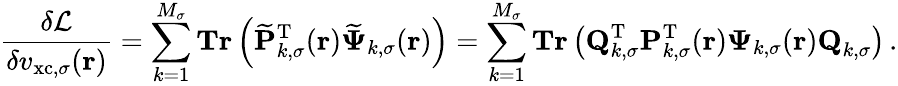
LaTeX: \frac{\delta\mathcal{L}}{\delta v_{\mathrm{xc},\sigma}(\boldsymbol{\textbf{r}})}=\sum_{k=1}^{M_{\sigma}}\textbf{Tr}\left(\mathbf{\widetilde{P}}_{k,\sigma}^{\mathrm{T}}(\boldsymbol{\textbf{r}})\boldsymbol{\widetilde{\Psi}}_{k,\sigma}(\boldsymbol{\textbf{r}})\right)=\sum_{k=1}^{M_{\sigma}}\textbf{Tr}\left(\textbf{Q}_{k,\sigma}^{\mathrm{T}}\mathbf{P}_{k,\sigma}^{\mathrm{T}}(\boldsymbol{\textbf{r}})\boldsymbol{\Psi}_{k,\sigma}(\boldsymbol{\textbf{r}})\textbf{Q}_{k,\sigma}\right)\, .